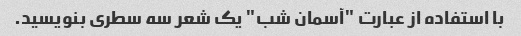
با استفاده از عبارت "آسمان شب" یک شعر سه سطری بنویسید.